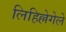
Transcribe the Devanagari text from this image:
लिहिल्लेगेले